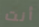
أنت